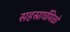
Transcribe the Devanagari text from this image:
सहस्रार्घमिळो